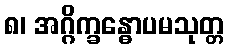
၈၊ အဂ္ဂိက္ခန္ဓောပမသုတ္တ